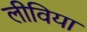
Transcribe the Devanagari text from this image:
लीविया